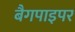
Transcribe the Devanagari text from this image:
बैगपाइपर